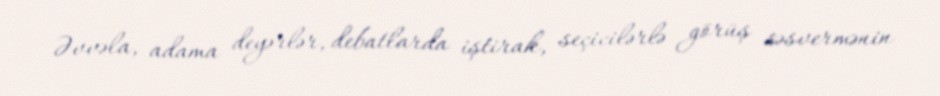
Əvvəla, adama deyərlər, debatlarda iştirak, seçicilərlə görüş səsvermənin